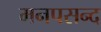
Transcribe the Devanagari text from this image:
मनपसन्द